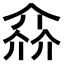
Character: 𠌕